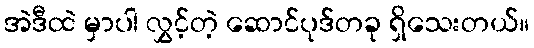
အဲဒီထဲ မှာပါ လွှင့်တဲ့ ဆောင်ပုဒ်တခု ရှိသေးတယ်။